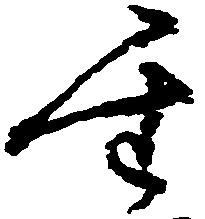
聖